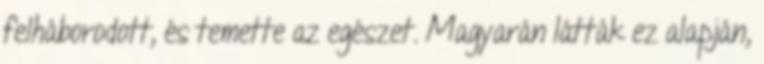
felháborodott, és temette az egészet. Magyarán látták ez alapján,